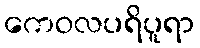
ကေဝလပရိပူရာ